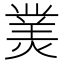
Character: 𤎀